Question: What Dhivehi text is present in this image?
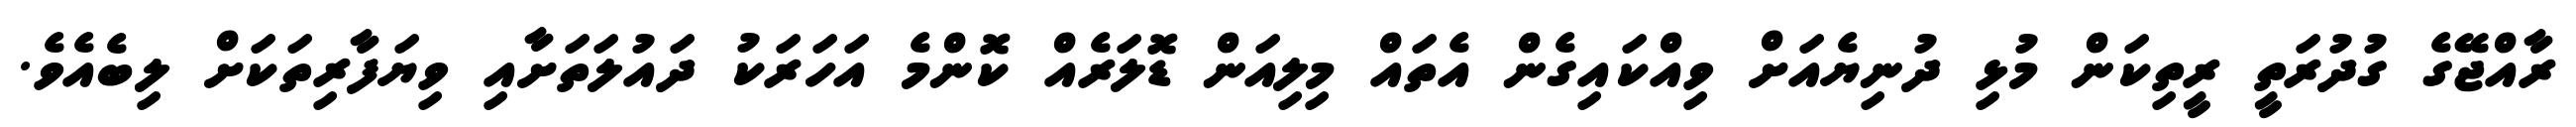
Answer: ރާއްޖޭގެ ގުދުރަތީ ރީތިކަން މުޅި ދުނިޔެއަށް ވިއްކައިގެން އެތައް މިލިއަން ޑޮލަރެއް ކޮންމެ އަހަރަކު ދައުލަތަށާއި ވިޔަފާރިތަކަށް ލިބެއެވެ.